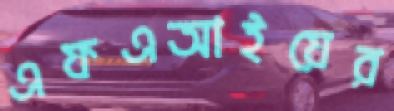
এফএআইয়ের